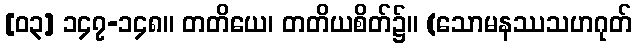
[၀၃] ၁၄၇-၁၄၈။ တတိယေ၊ တတိယစိတ်၌။ (သောမနဿသဟဂုတ်